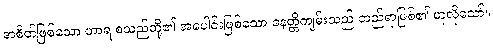
အစိတ်ဖြစ်သော ဟာရ စသည်တို့၏ အပေါင်းဖြစ်သော နေတ္တိကျမ်းသည် တည်ရာဖြစ်၏ ဟူလိုသော်။